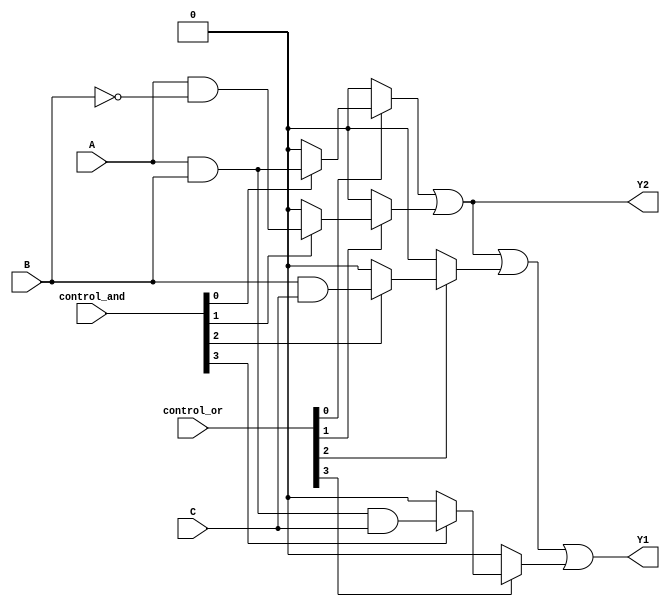
module PLA (
    input wire A,      // Input A
    input wire B,      // Input B
    input wire C,      // Input C
    input wire [3:0] control_and, // Control signals for AND array
    input wire [3:0] control_or,  // Control signals for OR array
    output wire Y1,    // Output Y1
    output wire Y2     // Output Y2
);

// Programmable AND array
wire p0, p1, p2, p3; // Product terms

// AND gates based on control signals
assign p0 = control_and[0] ? (A & B) : 1'b0; // Product term 1: A AND B
assign p1 = control_and[1] ? (A & ~B) : 1'b0; // Product term 2: A AND NOT B
assign p2 = control_and[2] ? (B & C) : 1'b0; // Product term 3: B AND C
assign p3 = control_and[3] ? (A & B & C) : 1'b0; // Product term 4: A AND B AND C

// Programmable OR array
assign Y1 = (control_or[0] ? p0 : 1'b0) |
            (control_or[1] ? p1 : 1'b0) |
            (control_or[2] ? p2 : 1'b0) |
            (control_or[3] ? p3 : 1'b0); // Output Y1

assign Y2 = (control_or[0] ? p0 : 1'b0) |
            (control_or[1] ? p1 : 1'b0); // Output Y2

endmodule